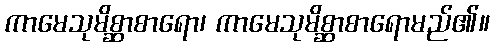
ကာမေသုမိစ္ဆာစာရော၊ ကာမေသုမိစ္ဆာစာရောမည်၏။